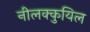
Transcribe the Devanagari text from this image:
नीलक्कुयिल